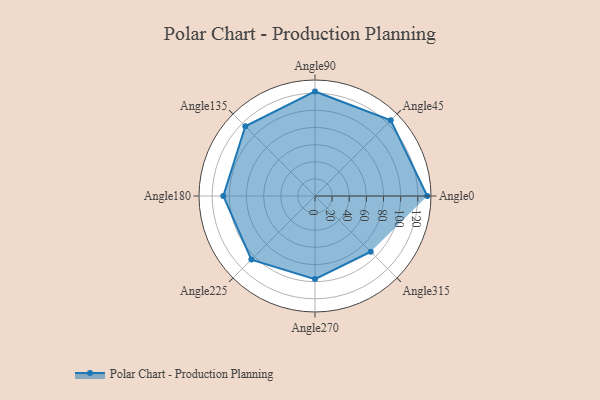
{"axis": {"x": "Angle", "y": "Radius"}, "legend": [""], "data": [{"x": "Angle0", "y": 131.0, "type": ""}, {"x": "Angle45", "y": 125.0, "type": ""}, {"x": "Angle90", "y": 122.0, "type": ""}, {"x": "Angle135", "y": 115.0, "type": ""}, {"x": "Angle180", "y": 107.0, "type": ""}, {"x": "Angle225", "y": 105.0, "type": ""}, {"x": "Angle270", "y": 97.0, "type": ""}, {"x": "Angle315", "y": 92.0, "type": ""}]}